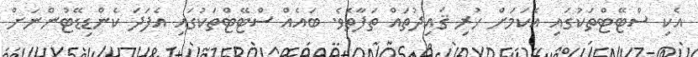
އެކި ސްޓޭޓްތަކުގައި އެކަމަށް ހުރި ޤައިދުތައް ތަފާތެވެ. ބައެއް ސްޓޭޓްތަކުގައި އެފަދަ ކެންޑިޑޭޓުންނަށް